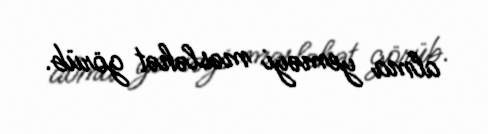
alma yeməyi məsləhət görüb.